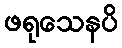
ဖရုသေနပိ